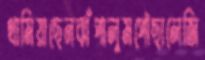
থামিয়াছেনঝাঁপালুমপৌছালেজি